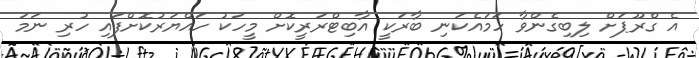
އެ ގްރޫޕަށް ލިބިގެންވާ ހަމައެކަނި ބާރަކީ އާބިޓްރަރީކޮށް މީހަކު ހައްޔަރުކޮށްފައި ހުރި ނަމަ